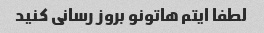
لطفا ایتم هاتونو بروز رسانی کنید